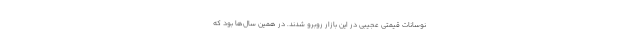
نوسانات قیمتی عجیبی در این بازار روبرو شدند. در همین سال‌ها بود که